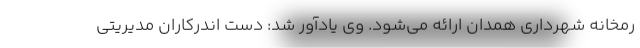
رمخانه شهرداری همدان ارائه می‌شود. وی یادآور شد: دست اندرکاران مدیریتی